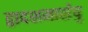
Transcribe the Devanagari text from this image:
द्वादशमासेषु